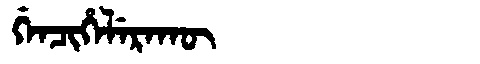
Manchu: ᡤᡝᠨᠴᡳᡥᡝᠯᡝᡵᠠᡴᡡ
Romanization: GENCIHELERAKŪ